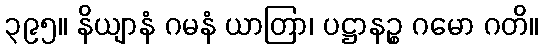
၃၉၅။ နိယျာနံ ဂမနံ ယာတြာ၊ ပဋ္ဌာနဉ္စ ဂမော ဂတိ။